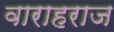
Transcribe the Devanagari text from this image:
वाराहराज